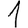
Digit: 1